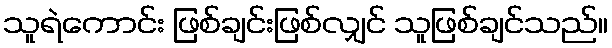
သူရဲကောင်း ဖြစ်ချင်းဖြစ်လျှင် သူဖြစ်ချင်သည်။